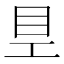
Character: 𥃿